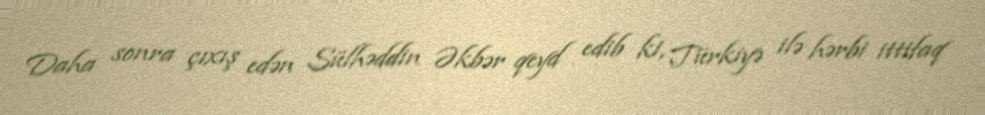
Daha sonra çıxış edən Sülhəddin Əkbər qeyd edib ki, Türkiyə ilə hərbi ittifaq